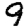
Digit: 9